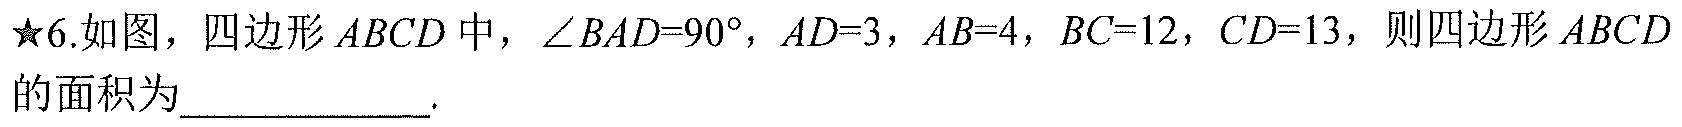
★6.如图，四边形 \(ABCD\) 中，\(\angle BAD = 90^{\circ}\)，\(AD = 3\)，\(AB = 4\)，\(BC = 12\)，\(CD = 13\)，则四边形 \(ABCD\) 的面积为\(\underline{\qquad\qquad}\).